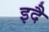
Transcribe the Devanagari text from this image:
इदै